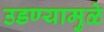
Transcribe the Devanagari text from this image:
उडण्यामुळे